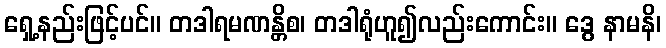
ရှေ့နည်းဖြင့်ပင်။ တဒါရမဏန္တိစ၊ တဒါရုံဟူ၍လည်းကောင်း။ ဒွေ နာမနိ၊